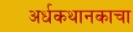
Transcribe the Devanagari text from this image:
अर्धकथानकाचा